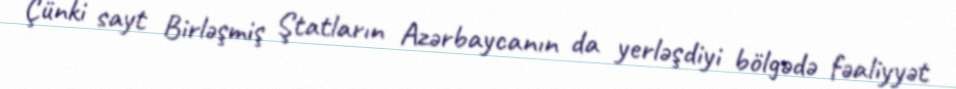
Çünki sayt Birləşmiş Ştatların Azərbaycanın da yerləşdiyi bölgədə fəaliyyət